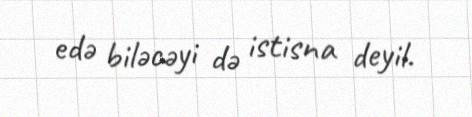
edə biləcəyi də istisna deyil.